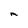
Character: M